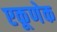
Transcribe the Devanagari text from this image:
एकूणेक